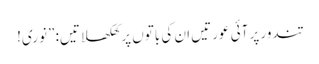
تندور پر آئی عورتیں ان کی باتوں پر کھلکھلاتیں: ”نوری!